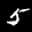
Label: 5